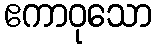
ဧကာဝုသော